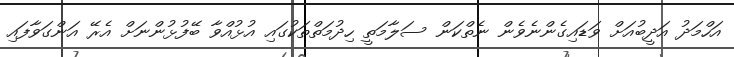
އަހްމަދު އަދީބުއަށް ވަޑައިގެންނެވެން ނެތްކަން ސަލާމަތީ ހިދުމަތްތަކުގައި އުޅުއްވާ ބޭފުޅުންނަށް އެރޭ އަންގަވާފައި